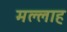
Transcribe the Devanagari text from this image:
मल्‍लाह